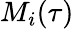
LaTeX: M_{i}(\tau)